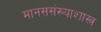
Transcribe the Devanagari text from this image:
मानससंख्याशास्त्र